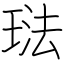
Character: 琺